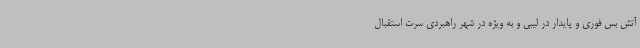
آتش بس فوری و پایدار در لیبی و به ویژه در شهر راهبردی سرت استقبال